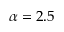
\alpha = 2 . 5